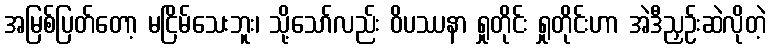
အမြစ်ပြတ်တော့ မငြိမ်သေးဘူး၊ သို့သော်လည်း ဝိပဿနာ ရှုတိုင်း ရှုတိုင်းဟာ အဲဒီညှဉ်းဆဲလိုတဲ့